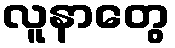
လူနာတွေ